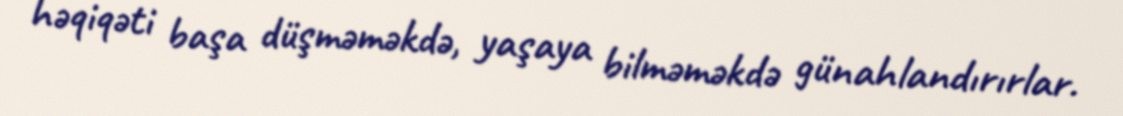
həqiqəti başa düşməməkdə, yaşaya bilməməkdə günahlandırırlar.